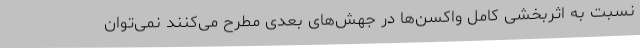
نسبت به اثربخشی کامل واکسن‌ها در جهش‌های بعدی مطرح می‌کنند نمی‌توان